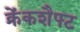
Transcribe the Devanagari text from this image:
क्रेंकशैफ्ट